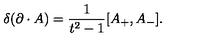
\delta ( \partial \cdot A ) = { \frac { 1 } { t ^ { 2 } - 1 } } [ A _ { + } , A _ { - } ] .